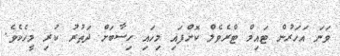
ވަނަ އަހަރުން ޓައިމް ޓްރެވެލް ކޮށްފައި މިހައި ހިސާބަށް ދަތުރު ކުރި މީހެކެވެ.